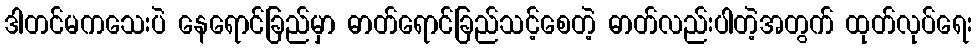
ဒါတင်မကသေးပဲ နေရောင်ခြည်မှာ ဓာတ်ရောင်ခြည်သင့်စေတဲ့ ဓာတ်လည်းပါတဲ့အတွက် ထုတ်လုပ်ရေး